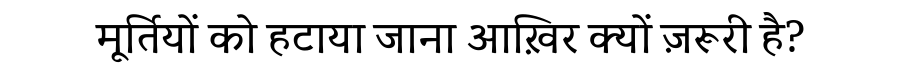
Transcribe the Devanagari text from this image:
मूर्तियों को हटाया जाना आख़िर क्यों ज़रूरी है?